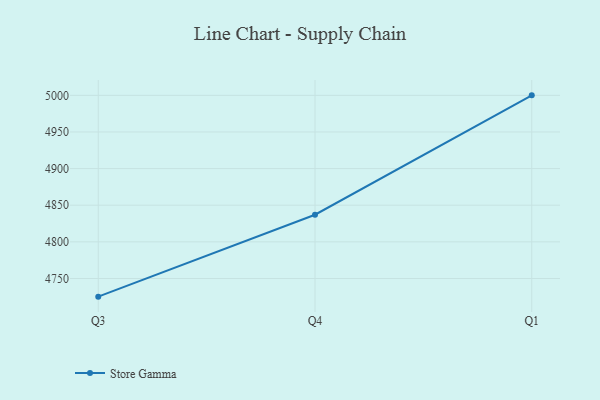
{"axis": {"x": "Quarter", "y": "Revenue (USD Million)"}, "legend": ["Store Gamma"], "data": [{"x": "Q3", "y": 4725.2, "type": "Store Gamma"}, {"x": "Q4", "y": 4837.0, "type": "Store Gamma"}, {"x": "Q1", "y": 5000, "type": "Store Gamma"}]}